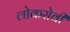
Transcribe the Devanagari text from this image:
लोकसेवी